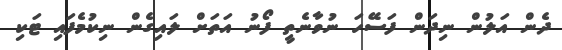
ދެން އަލުން ނިދަން ފަސޭހަ ނުވާނެތީ ފޯނު އަތަށް ލައިގެން ނިކުމެފައި ޓަކި